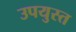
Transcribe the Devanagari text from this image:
उपयुस्त